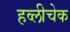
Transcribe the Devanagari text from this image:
हव्लीचेक